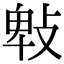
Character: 㪏